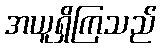
အယူရှိကြသည်